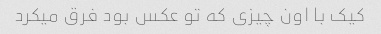
کیک با اون چیزی که تو عکس بود فرق میکرد